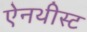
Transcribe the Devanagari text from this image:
ऐनथीस्ट